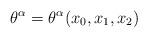
LaTeX: \begin{align*}\theta ^{\alpha }=\theta ^{\alpha }(x_{0},x_{1},x_{2})\end{align*}